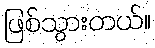
ဖြစ်သွားတယ်။